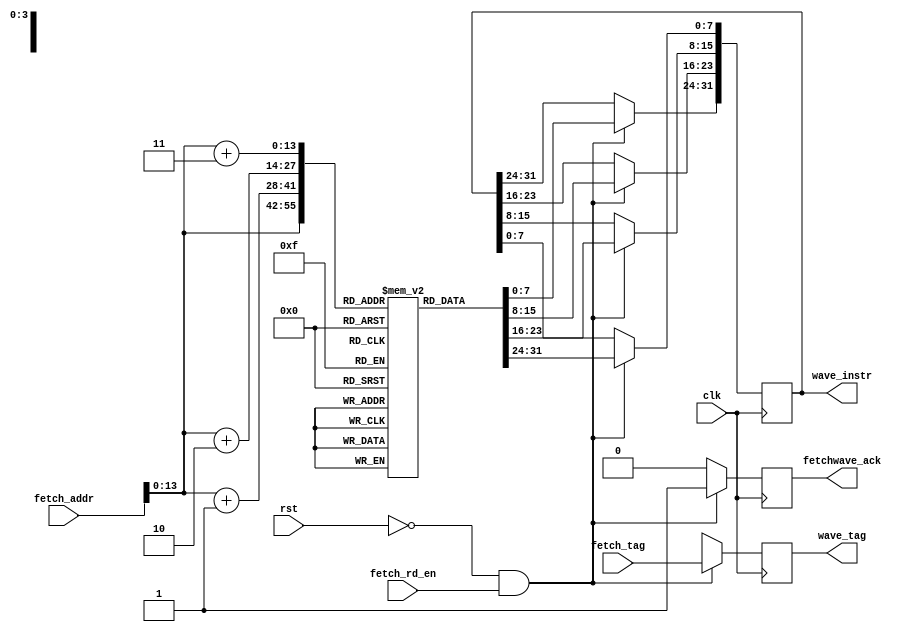
module instr_buffer(
      fetch_rd_en,
      fetch_addr,
      fetch_tag,
      fetchwave_ack,
      wave_instr,
      wave_tag,
      clk,
      rst
 );
parameter NUMOFCU = 1;
input clk;
input rst;
input [(NUMOFCU - 1):0] fetch_rd_en;
input [(NUMOFCU*32 - 1):0] fetch_addr;
input [(NUMOFCU*39 - 1):0] fetch_tag;
output [(NUMOFCU - 1):0] fetchwave_ack;
output [(NUMOFCU*32 - 1):0] wave_instr;
output [(NUMOFCU*39 - 1):0] wave_tag;
reg [(NUMOFCU - 1):0] fetchwave_ack;
reg [(NUMOFCU*32 - 1):0] wave_instr;
reg [(NUMOFCU*39 - 1):0] wave_tag;
reg [7:0] instr_memory[10000];
integer i;
always @ (posedge clk)
	for(i = 0; i < NUMOFCU; i++) begin
		if (~rst & fetch_rd_en[i]) begin
			wave_instr[(i*32 + 7)-:8] = instr_memory[fetch_addr[(i*32 + 31)-:32]];
			wave_instr[(i*32 + 15)-:8] = instr_memory[fetch_addr[(i*32 + 31)-:32] + 1];
			wave_instr[(i*32 + 23)-:8] = instr_memory[fetch_addr[(i*32 + 31)-:32] + 2];
			wave_instr[(i*32 + 31)-:8] = instr_memory[fetch_addr[(i*32 + 31)-:32] + 3];
			wave_tag[(i*39 + 38)-:39] = fetch_tag[(i*39 + 38)-:39];
			fetchwave_ack[i] = 1'b1;
		end
		else begin
			wave_tag[(i*39 + 38)-:39] = 39'bx;
			fetchwave_ack[i] = 1'b0;
		end
	end
endmodule